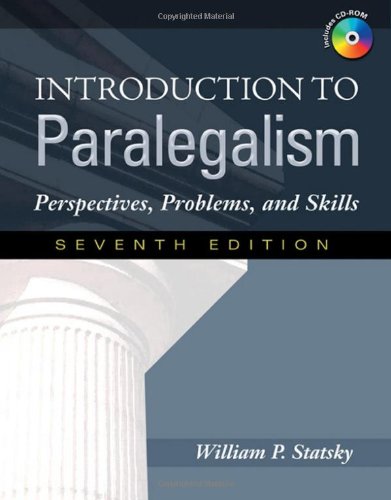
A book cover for Introduction to Paralegalism: Perspectives, Problems and Skills; William P. Statsky; Law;